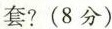
套?(8分)